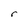
Character: r